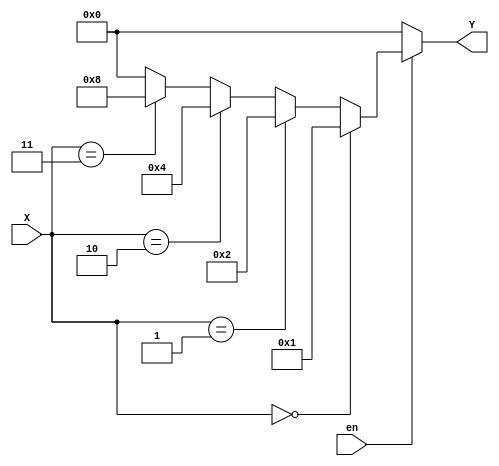
module Decoder(
    input en,
    input [1:0] X,
    output [3:0]Y
);

    assign Y = (en == 0)? 4'b0000:
                (X == 2'b00)? 4'b0001:
                (X == 2'b01)? 4'b0010:
                (X == 2'b10)? 4'b0100:
                (X == 2'b11)? 4'b1000:
                0;

endmodule